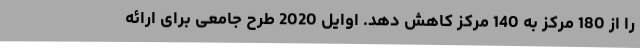
را از 180 مرکز به 140 مرکز کاهش دهد. اوایل 2020 طرح جامعی برای ارائه